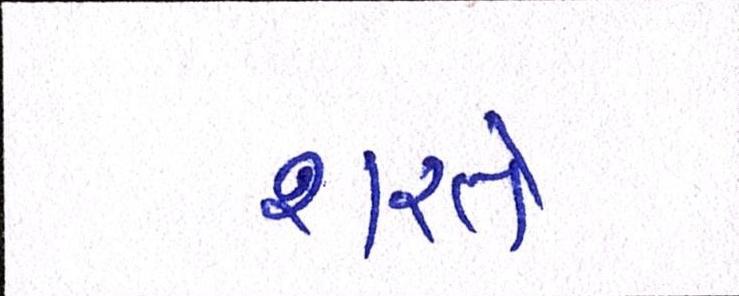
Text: શરતે